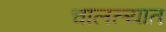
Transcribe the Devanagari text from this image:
चालल्यात